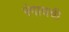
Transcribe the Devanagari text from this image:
रंगायची